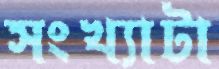
সংখ্যাটা